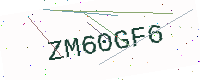
Text: ZM60GF6